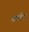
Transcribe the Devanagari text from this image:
समर्हत्ता